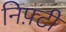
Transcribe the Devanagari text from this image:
निफ़्टी